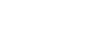
ကြားနေမဲ